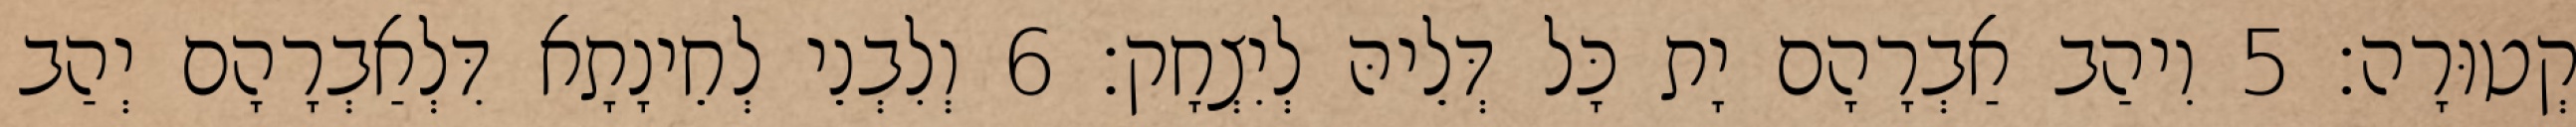
קְטוּרָה׃ 5 וִיהַב אַבְרָהָם יָת כָּל דְּלֵיהּ לְיִצְחָק׃ 6 וְלִבְנֵי לְחֵינָתָא דִּלְאַבְרָהָם יְהַב